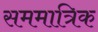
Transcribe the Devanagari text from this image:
सममात्रिक